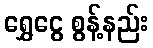
ရွှေငွေ စွန့်နည်း